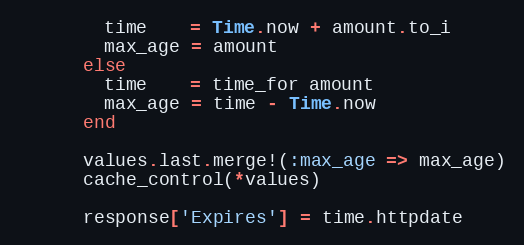
Language: Ruby
        time    = Time.now + amount.to_i
        max_age = amount
      else
        time    = time_for amount
        max_age = time - Time.now
      end

      values.last.merge!(:max_age => max_age)
      cache_control(*values)

      response['Expires'] = time.httpdate